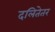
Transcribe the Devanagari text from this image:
दलितेतर